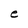
Character: e